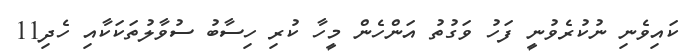
ކައިވެނި ނުކުރެވުނީ ފަހު ވަގުތު އަންހެން މީހާ ކުރި ހިސާބު ސުވާލުތަކަކާއި ހެދި11